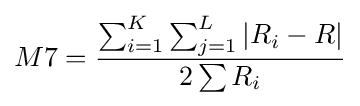
M7={\frac {\sum _{i=1}^{K}\sum _{j=1}^{L}|R_{i}-R|}{2\sum R_{i}}}